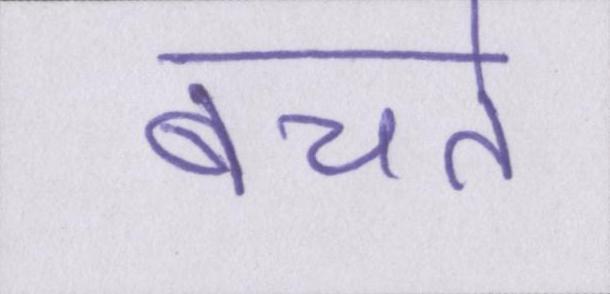
बचते